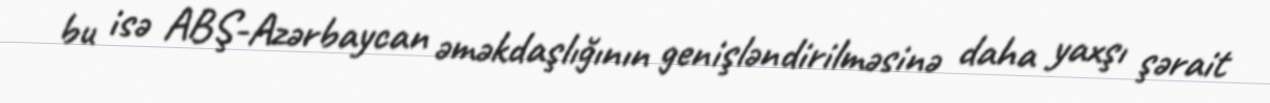
bu isə ABŞ-Azərbaycan əməkdaşlığının genişləndirilməsinə daha yaxşı şərait